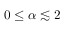
0 \leq \alpha \lesssim 2